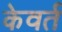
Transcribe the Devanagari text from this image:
केवर्त